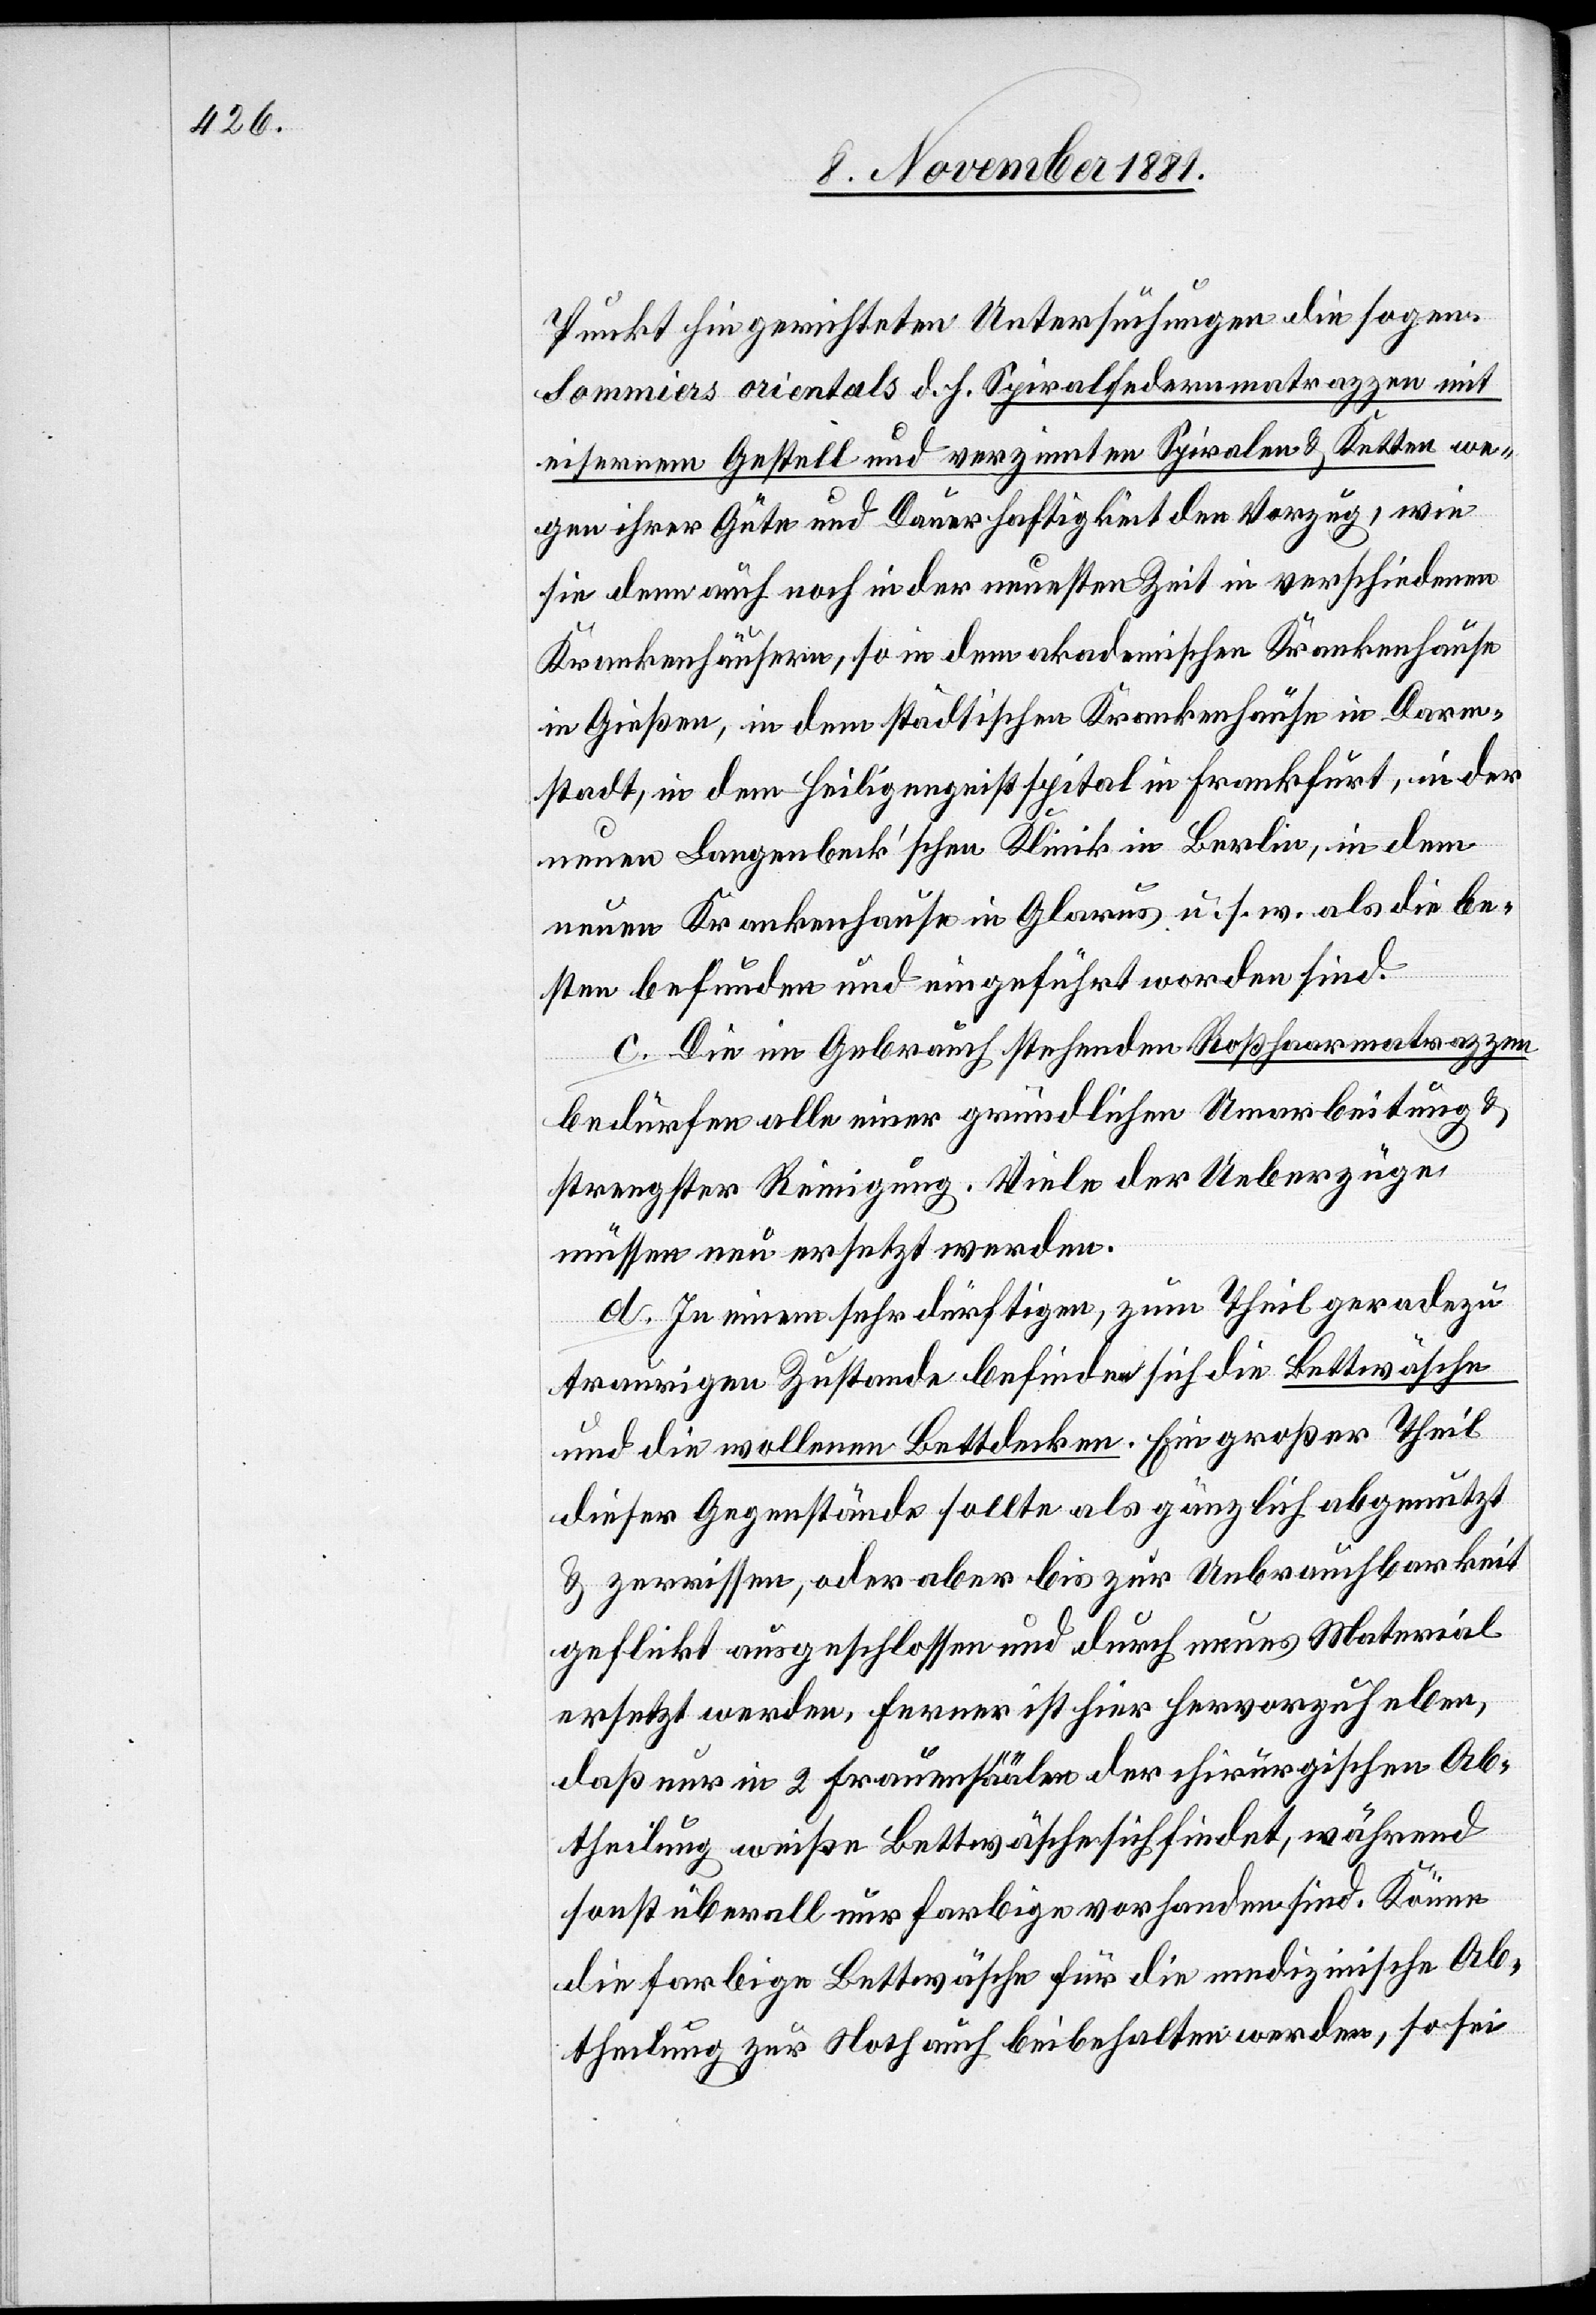
Punkt gerichteten Untersuchungen die sogen.
Sommiers orientals d. h. Spiralfedernmatrazzen mit
eisernem Gestell und verzinnten Spiralen & Ketten we¬
gen ihrer Güte und Dauerhaftigkeit den Vorzug, wie
sie denn auch noch in der neuesten Zeit in verschiedenen
Krankenhäusern, so in dem akademischen Krankenhause
in Gießen, in dem städtischen Krankenhause in Darm¬
stadt, in dem Heiligengeistspital in Frankfurt, in der
neuen Langenbeck’schen Klinik in Berlin, in dem
neuen Krankenhause in Glarus u. s. w. als die be¬
sten befunden und eingeführt worden sind.
c. Die im Gebrauch stehenden Roßhaarmatrazzen
bedürfen alle einer gründlichen Umarbeitung &
strengster Reinigung. Viele der Ueberzüge
müssen neu ersetzt werden.
d. In einem sehr dürftigen, zum Theil geradezu
traurigen Zustande befinden sich die Bettwäsche
und die wollenen Bettdecken. Ein großer Theil
dieser Gegenstände sollte als gänzlich abgenutzt
& zerrissen, oder aber bis zur Unbrauchbarkeit
geflickt ausgeschlossen und durch neues Material
ersetzt werden. Ferner ist hier hervorzuheben,
daß nur in 2 Frauensäälen der chirurgischen Ab¬
theilung weiße Bettwäsche sich findet, während
sonst überall nur farbige vorhanden sind. Könne
die farbige Bettwäsche für die medizinische Ab¬
theilung zur Noth auch beibehalten werden, so sei